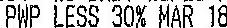
PWP LESS 30% MAR 18